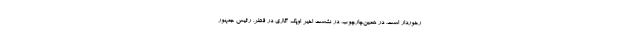
رخوردار است. در همین‌چارچوب، در نشست اخیر اوپک گازی در قطر، رئیس جمهور